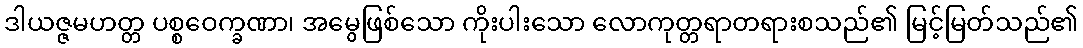
ဒါယဇ္ဇမဟတ္တ ပစ္စဝေက္ခဏာ၊ အမွေဖြစ်သော ကိုးပါးသော လောကုတ္တရာတရားစသည်၏ မြင့်မြတ်သည်၏